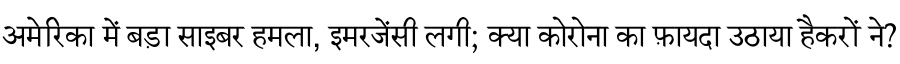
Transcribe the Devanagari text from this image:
अमेरिका में बड़ा साइबर हमला, इमरजेंसी लगी; क्या कोरोना का फ़ायदा उठाया हैकरों ने?